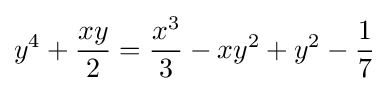
y^{4}+{\frac {xy}{2}}={\frac {x^{3}}{3}}-xy^{2}+y^{2}-{\frac {1}{7}}